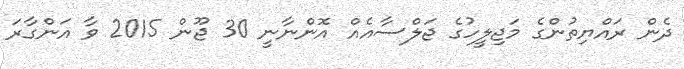
ދެން ރައްޔިތުންގެ މަޖިލީހުގެ ޖަލްސާއެއް އޮންނާނީ 30 ޖޫން 2015 ވާ އަންގާރަ